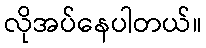
လိုအပ်နေပါတယ်။